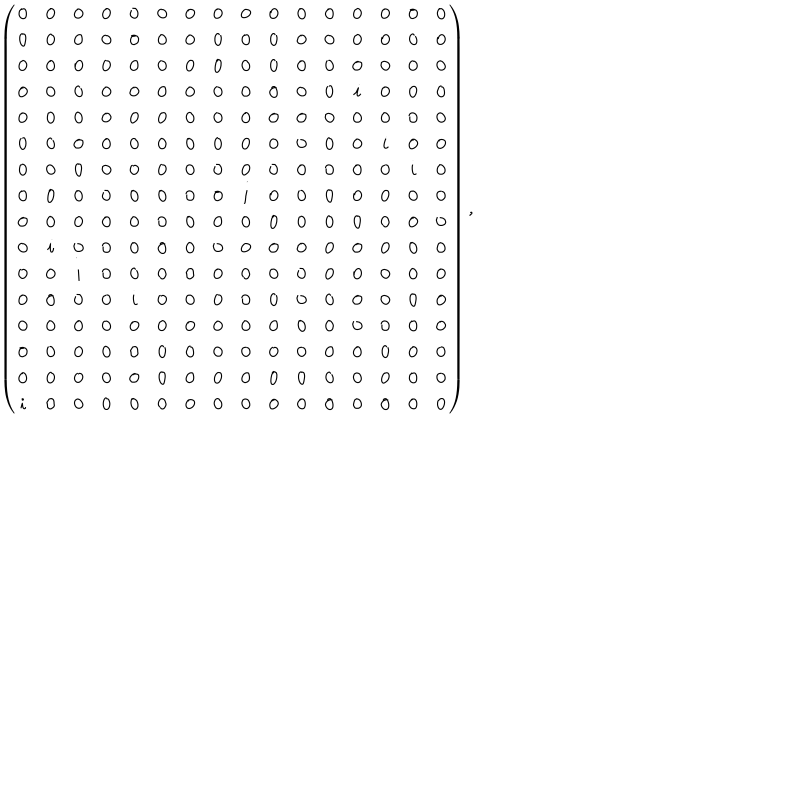
LaTeX: \left( \begin{array} { c c c c c c c c c c c c c c c c } { { 0 } } & { { 0 } } & { { 0 } } & { { 0 } } & { { 0 } } & { { 0 } } & { { 0 } } & { { 0 } } & { { 0 } } & { { 0 } } & { { 0 } } & { { 0 } } & { { 0 } } & { { 0 } } & { { 0 } } & { { 0 } } \\ { { 0 } } & { { 0 } } & { { 0 } } & { { 0 } } & { { 0 } } & { { 0 } } & { { 0 } } & { { 0 } } & { { 0 } } & { { 0 } } & { { 0 } } & { { 0 } } & { { 0 } } & { { 0 } } & { { 0 } } & { { 0 } } \\ { { 0 } } & { { 0 } } & { { 0 } } & { { 0 } } & { { 0 } } & { { 0 } } & { { 0 } } & { { 0 } } & { { 0 } } & { { 0 } } & { { 0 } } & { { 0 } } & { { 0 } } & { { 0 } } & { { 0 } } & { { 0 } } \\ { { 0 } } & { { 0 } } & { { 0 } } & { { 0 } } & { { 0 } } & { { 0 } } & { { 0 } } & { { 0 } } & { { 0 } } & { { 0 } } & { { 0 } } & { { 0 } } & { { i } } & { { 0 } } & { { 0 } } & { { 0 } } \\ { { 0 } } & { { 0 } } & { { 0 } } & { { 0 } } & { { 0 } } & { { 0 } } & { { 0 } } & { { 0 } } & { { 0 } } & { { 0 } } & { { 0 } } & { { 0 } } & { { 0 } } & { { 0 } } & { { 0 } } & { { 0 } } \\ { { 0 } } & { { 0 } } & { { 0 } } & { { 0 } } & { { 0 } } & { { 0 } } & { { 0 } } & { { 0 } } & { { 0 } } & { { 0 } } & { { 0 } } & { { 0 } } & { { 0 } } & { { i } } & { { 0 } } & { { 0 } } \\ { { 0 } } & { { 0 } } & { { 0 } } & { { 0 } } & { { 0 } } & { { 0 } } & { { 0 } } & { { 0 } } & { { 0 } } & { { 0 } } & { { 0 } } & { { 0 } } & { { 0 } } & { { 0 } } & { { i } } & { { 0 } } \\ { { 0 } } & { { 0 } } & { { 0 } } & { { 0 } } & { { 0 } } & { { 0 } } & { { 0 } } & { { 0 } } & { { i } } & { { 0 } } & { { 0 } } & { { 0 } } & { { 0 } } & { { 0 } } & { { 0 } } & { { 0 } } \\ { { 0 } } & { { 0 } } & { { 0 } } & { { 0 } } & { { 0 } } & { { 0 } } & { { 0 } } & { { 0 } } & { { 0 } } & { { 0 } } & { { 0 } } & { { 0 } } & { { 0 } } & { { 0 } } & { { 0 } } & { { 0 } } \\ { { 0 } } & { { i } } & { { 0 } } & { { 0 } } & { { 0 } } & { { 0 } } & { { 0 } } & { { 0 } } & { { 0 } } & { { 0 } } & { { 0 } } & { { 0 } } & { { 0 } } & { { 0 } } & { { 0 } } & { { 0 } } \\ { { 0 } } & { { 0 } } & { { i } } & { { 0 } } & { { 0 } } & { { 0 } } & { { 0 } } & { { 0 } } & { { 0 } } & { { 0 } } & { { 0 } } & { { 0 } } & { { 0 } } & { { 0 } } & { { 0 } } & { { 0 } } \\ { { 0 } } & { { 0 } } & { { 0 } } & { { 0 } } & { { i } } & { { 0 } } & { { 0 } } & { { 0 } } & { { 0 } } & { { 0 } } & { { 0 } } & { { 0 } } & { { 0 } } & { { 0 } } & { { 0 } } & { { 0 } } \\ { { 0 } } & { { 0 } } & { { 0 } } & { { 0 } } & { { 0 } } & { { 0 } } & { { 0 } } & { { 0 } } & { { 0 } } & { { 0 } } & { { 0 } } & { { 0 } } & { { 0 } } & { { 0 } } & { { 0 } } & { { 0 } } \\ { { 0 } } & { { 0 } } & { { 0 } } & { { 0 } } & { { 0 } } & { { 0 } } & { { 0 } } & { { 0 } } & { { 0 } } & { { 0 } } & { { 0 } } & { { 0 } } & { { 0 } } & { { 0 } } & { { 0 } } & { { 0 } } \\ { { 0 } } & { { 0 } } & { { 0 } } & { { 0 } } & { { 0 } } & { { 0 } } & { { 0 } } & { { 0 } } & { { 0 } } & { { 0 } } & { { 0 } } & { { 0 } } & { { 0 } } & { { 0 } } & { { 0 } } & { { 0 } } \\ { { i } } & { { 0 } } & { { 0 } } & { { 0 } } & { { 0 } } & { { 0 } } & { { 0 } } & { { 0 } } & { { 0 } } & { { 0 } } & { { 0 } } & { { 0 } } & { { 0 } } & { { 0 } } & { { 0 } } & { { 0 } } \\ \end{array} \right) ,